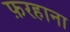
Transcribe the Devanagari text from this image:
फ़रहाना